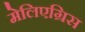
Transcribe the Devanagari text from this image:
मेलिएग्रिस